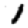
Digit: 1